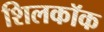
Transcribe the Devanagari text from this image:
शिलकॉक